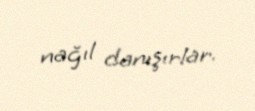
nağıl danışırlar.